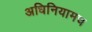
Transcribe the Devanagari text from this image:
अधिनियामच